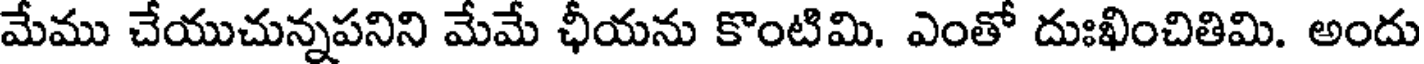
మేము చేయుచున్నపనిని మేమే ఛీయను కొంటిమి. ఎంతో దుఃఖించితిమి. అందు